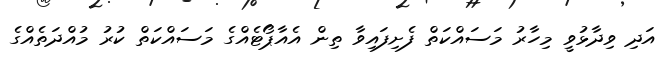
އަދި ވިދާޅުވީ މިހާރު މަސައްކަތް ފެށިފައިވާ ތިން އެއާޕޯޓެއްގެ މަސައްކަތް ކުރު މުއްދަތެއްގެ